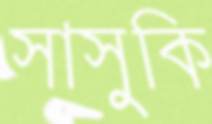
সাসুকি